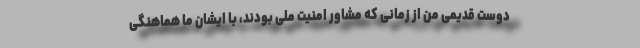
دوست قدیمی من از زمانی که مشاور امنیت ملی بودند، با ایشان ما هماهنگی